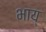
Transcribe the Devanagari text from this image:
भाय्